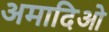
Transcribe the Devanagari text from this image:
अमादिओ